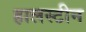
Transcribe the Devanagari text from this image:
हालस्टीन